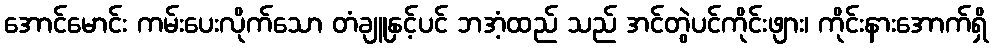
အောင်မောင်း ကမ်းပေးလိုက်သော တံချူနှင့်ပင် ဘအံ့ထည် သည် အင်တွဲပင်ကိုင်းဖျား၊ ကိုင်းနားအောက်ရှိ